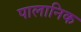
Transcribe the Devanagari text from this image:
पालानिक